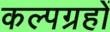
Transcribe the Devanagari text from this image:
कल्पग्रहों